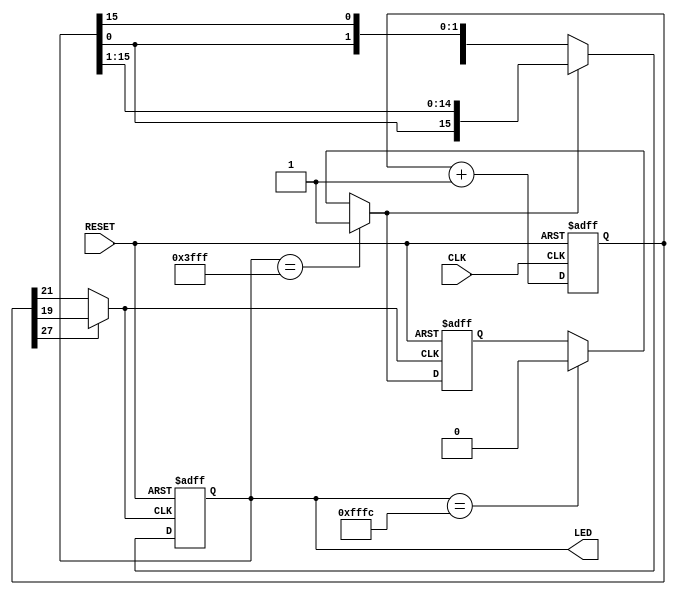
`timescale 1ns / 1ps
//////////////////////////////////////////////////////////////////////////////////
// Company: 
// Engineer: 
// 
// Design Name: 
// Module Name:    PILI_LIGHT_FAST_SLOW 
// Project Name: 
// Target Devices: 
// Tool versions: 
// Description: 
//
// Dependencies: 
//
// Revision: 
// Revision 0.01 - File Created
// Additional Comments: 
//
//////////////////////////////////////////////////////////////////////////////////
module PILI_LIGHT_FAST_SLOW(CLK, RESET, LED);
    input CLK;
    input RESET;
    output [15:0] LED;

	 reg [15:0] LED;
	 reg [27:0] DIVIDER;
	 reg DIRECTION;
	 
	 //DIVIDER
	 always @(posedge CLK or negedge RESET)
		begin
			if(!RESET)
				DIVIDER <= 28'h0000000;
			else
				DIVIDER <= DIVIDER + 1'b1;
		end
	 
	 //ASSIGN SPEED CLOCK
	 assign FAST_CLK = DIVIDER[19];
	 assign SLOW_CLK = DIVIDER[21];
	 assign SPEED = DIVIDER[27];
	 assign ROTATE_CLK = SPEED ? FAST_CLK : SLOW_CLK;
	 
	 always @(posedge ROTATE_CLK or negedge RESET)
		begin
			if(!RESET)
				begin
					DIRECTION = 1'b1;
					LED <= 16'h3FFF;
				end
			else
				begin
					if(LED == 16'h3FFF)
						DIRECTION = 1'b1;
					else if(LED == 16'hFFFC)
						DIRECTION = 1'b0;
					
					if(DIRECTION)
						LED <= {LED[0], LED[15:1]};
					else
						LED <= {LED[14:0], LED[15]};
				end
		end

endmodule